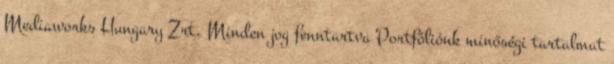
Mediaworks Hungary Zrt. Minden jog fenntartva Portfóliónk minőségi tartalmat